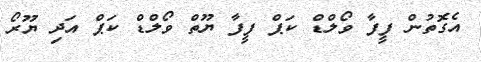
އެގޮތުން ފީފާ ވޯލްޑް ކަޕް ފީފާ ޔޫތް ވޯލްޑް ކަޕް އަދި ޔޫރޯ